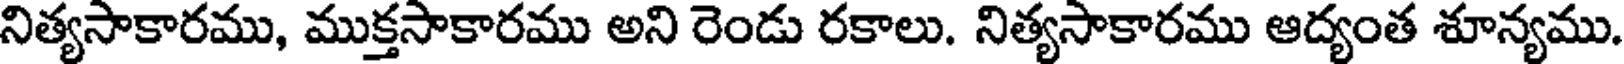
నిత్యసాకారము, ముక్తసాకారము అని రెండు రకాలు. నిత్యసాకారము ఆద్యంత శూన్యము.